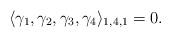
\begin{align*}\langle \gamma_1,\gamma_2,\gamma_3,\gamma_4\rangle_{1,4,1}=0.\end{align*}